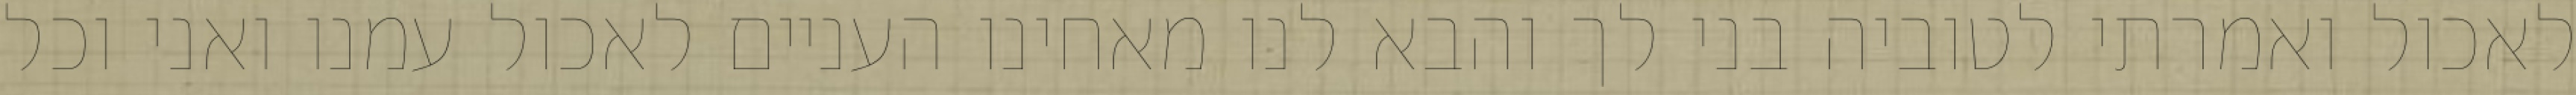
לאכול ואמרתי לטוביה בני לך והבא לנו מאחינו העניים לאכול עמנו ואני וכל